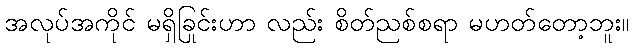
အလုပ်အကိုင် မရှိခြင်းဟာ လည်း စိတ်ညစ်စရာ မဟုတ်တော့ဘူး။